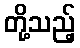
တို့သည့်